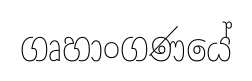
ගෘහාංගණයේ